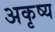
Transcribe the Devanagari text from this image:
अकृष्य